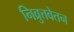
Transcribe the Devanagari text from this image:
निव्रुत्तवेतन